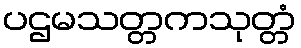
ပဌမသတ္တကသုတ္တံ